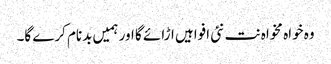
وہ خواہ مخواہ نت نئی افواہیں اڑائے گا اور ہمیں بدنام کرے گا۔